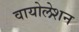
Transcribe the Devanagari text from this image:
वायोलेशन